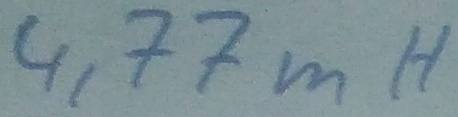
Text: 4,77mH